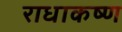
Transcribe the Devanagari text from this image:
राधाकष्‍ण